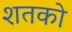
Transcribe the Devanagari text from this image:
शतको